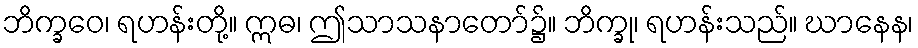
ဘိက္ခဝေ၊ ရဟန်းတို့။ ဣဓ၊ ဤသာသနာတော်၌။ ဘိက္ခု၊ ရဟန်းသည်။ ဃာနေန၊